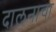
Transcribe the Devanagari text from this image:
दालनाचा